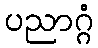
ပညာဂ္ဂံ